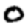
Digit: 0